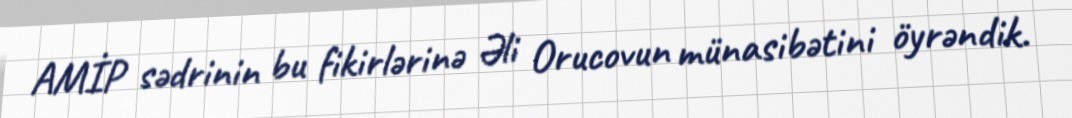
AMİP sədrinin bu fikirlərinə Əli Orucovun münasibətini öyrəndik.